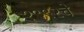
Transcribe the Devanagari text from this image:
१९९२चे